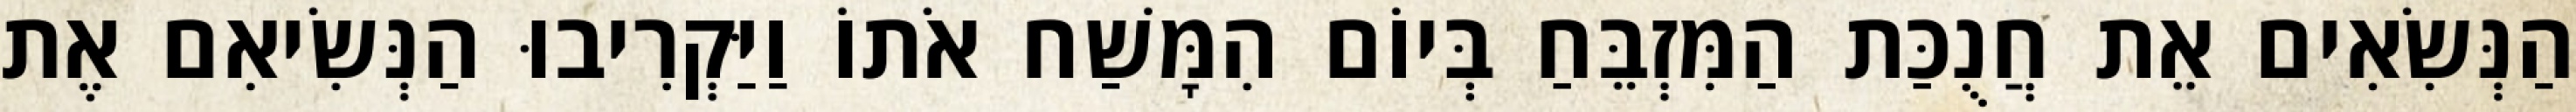
הַנְּשִׂאִים אֵת חֲנֻכַּת הַמִּזְבֵּחַ בְּיוֹם הִמָּשַׁח אֹתוֹ וַיַּקְרִיבוּ הַנְּשִׂיאִם אֶת